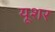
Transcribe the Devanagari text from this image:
यूशर